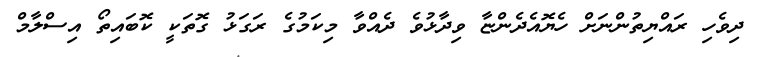
ދިވެހި ރައްޔިތުންނަށް ހެޔޮއެދެންޏާ ވިދާޅުވެ ދެއްވާ މިކަމުގެ ރަގަޅު ގޮތަކީ ކޮބައިތޯ އިސްލާމް